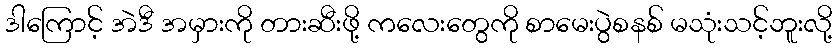
ဒါကြောင့် အဲဒီ အမှားကို တားဆီးဖို့ ကလေးတွေကို စာမေးပွဲစနစ် မသုံးသင့်ဘူးလို့